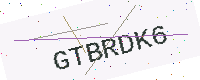
Text: GTBRDK6